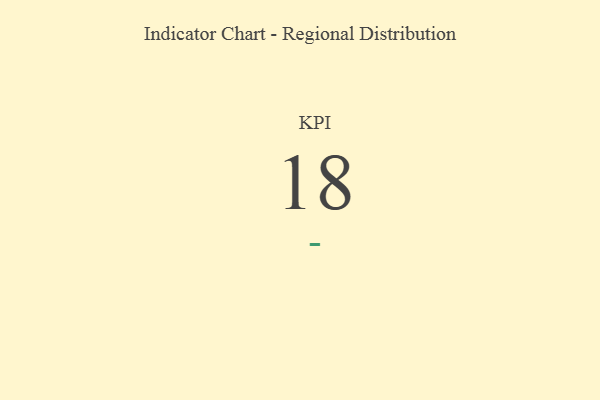
{"axis": {"x": "KPI", "y": "Value"}, "legend": [""], "data": [{"x": "KPI", "y": 18, "type": ""}]}